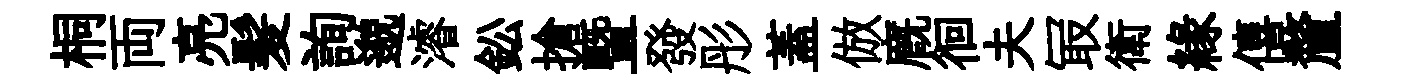
桐両亮髪詢邈濬鈆搶曁發彤蓋倣廐徊夫冣衛縁僖釐